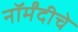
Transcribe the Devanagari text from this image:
नॉर्मंदीचे